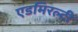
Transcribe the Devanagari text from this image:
एडमिरल्‍टी